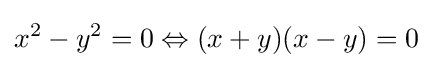
x^{2}-y^{2}=0\Leftrightarrow (x+y)(x-y)=0